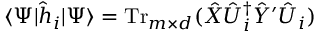
\langle \Psi | \hat { h } _ { i } | \Psi \rangle = \operatorname { T r } _ { m \times d } ( \hat { X } \hat { U } _ { i } ^ { \dag } \hat { Y } ^ { \prime } \hat { U } _ { i } )